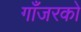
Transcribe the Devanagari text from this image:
गाँजरको